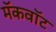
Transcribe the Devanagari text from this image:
मॅकवॉट